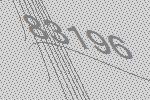
83196